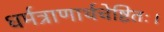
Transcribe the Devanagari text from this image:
धर्मत्राणार्थचेष्टितः।